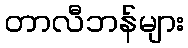
တာလီဘန်များ